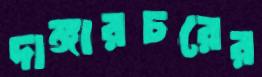
দাঙ্গারচরের